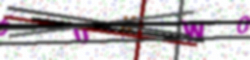
Text: 60KW0